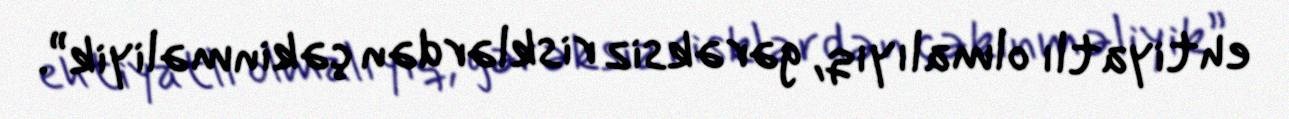
ehtiyatlı olmalıyıq, gərəksiz risklərdən çəkinməliyik”.